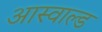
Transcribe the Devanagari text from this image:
आस्वाल्ड